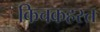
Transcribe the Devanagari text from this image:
किचकहस्त